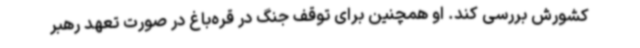
کشورش بررسی کند. او همچنین برای توقف جنگ در قره‌باغ در صورت تعهد رهبر